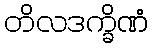
တိလဒက္ခိဏံ